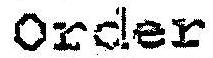
ORDER